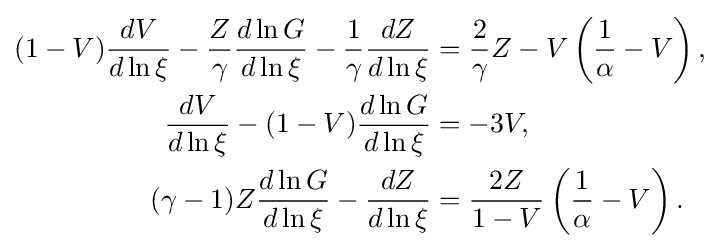
{\begin{aligned}(1-V){\frac {dV}{d\ln \xi }}-{\frac {Z}{\gamma }}{\frac {d\ln G}{d\ln \xi }}-{\frac {1}{\gamma }}{\frac {dZ}{d\ln \xi }}&={\frac {2}{\gamma }}Z-V\left({\frac {1}{\alpha }}-V\right),\\{\frac {dV}{d\ln \xi }}-(1-V){\frac {d\ln G}{d\ln \xi }}&=-3V,\\(\gamma -1)Z{\frac {d\ln G}{d\ln \xi }}-{\frac {dZ}{d\ln \xi }}&={\frac {2Z}{1-V}}\left({\frac {1}{\alpha }}-V\right).\end{aligned}}